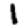
Digit: 1